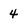
Character: 4